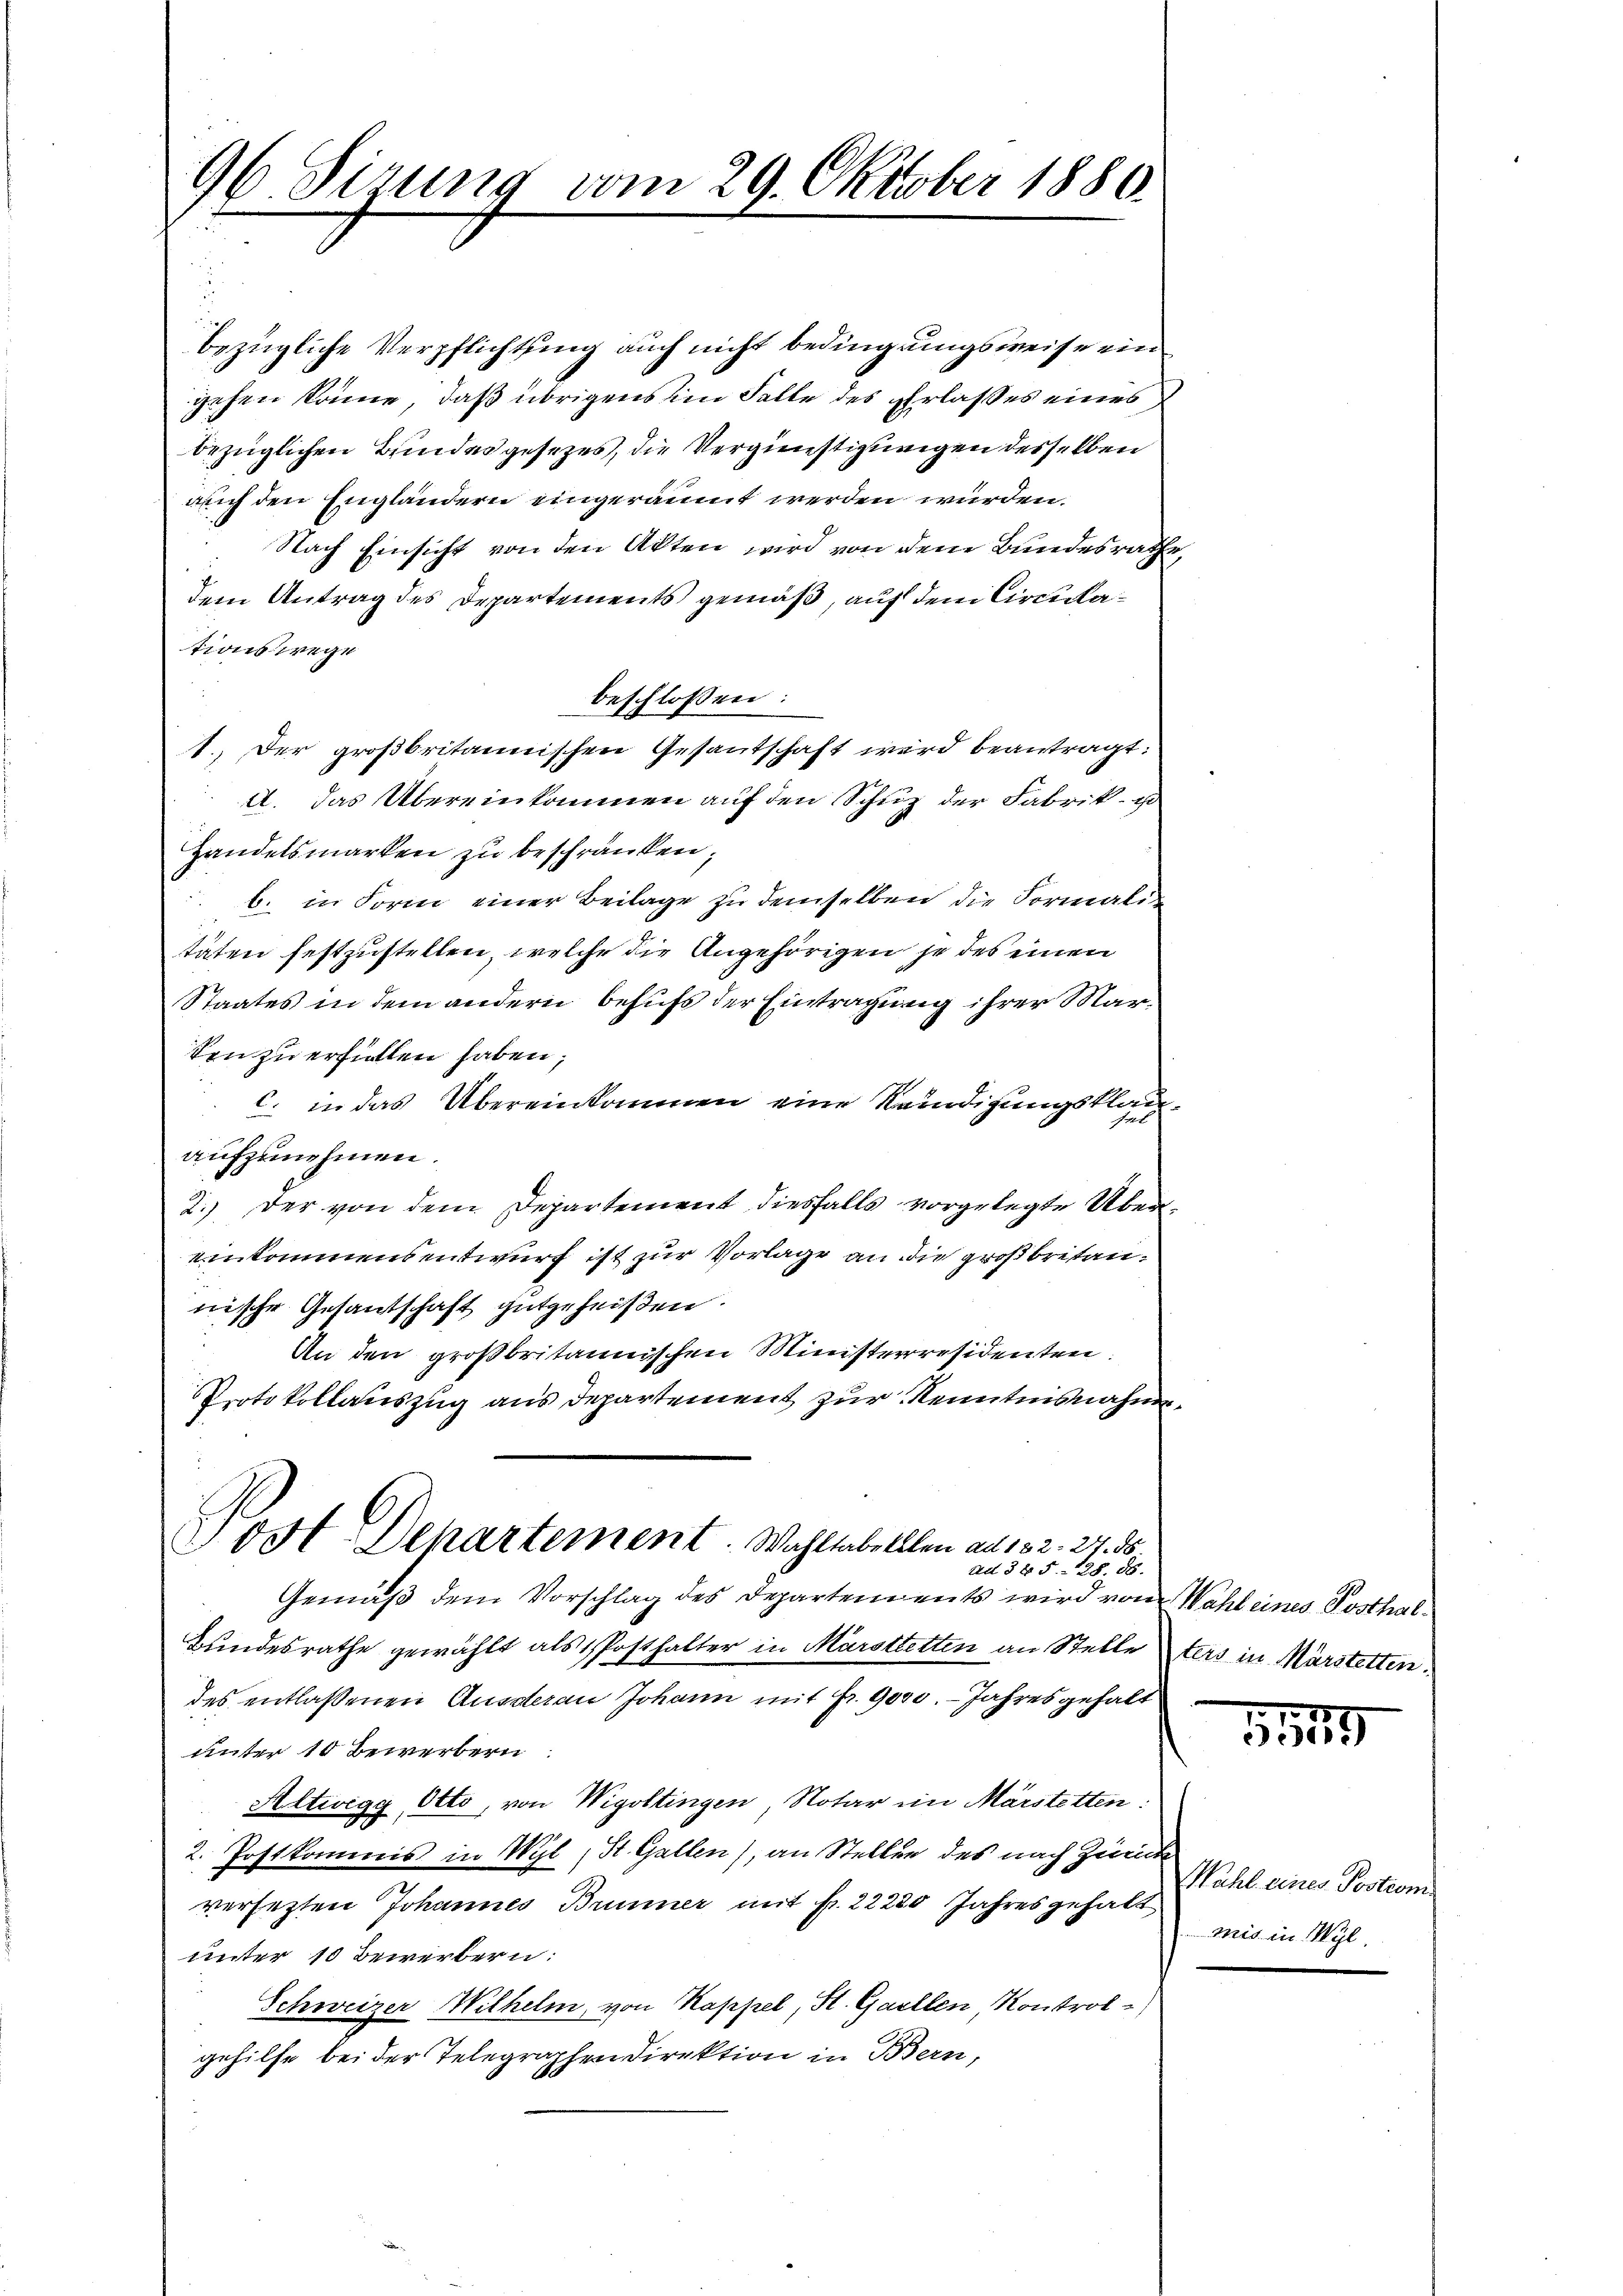
96 Sirung vom 29. Oktober 1880.

bezügliche Verpflichtung auch nicht bedingungsweise ein
gehen könne, daß übrigens im Falle des Ehrlasses eines
bezüglichen Bundesgesezes, die Vergünstigungen desselben
aach den Engländern eingeräumt werden würden.
Nach Einsicht von den Akten wird von dem Bundesrathe,
dem Antrag des Departements gemäß, auf dem Circulations wege
beschlossen:
1.) Der großbritannischen Gesantschaft wird beantragt:
A. das Übereinkommen auf den Schuz der Fabrik i
Handelsmarken zu beschränken,
b. in Form einer Beilage zu demselben die Formali
täten festzustellen, welche die Angehörigen je des einen
Staates in dem andern behufs der Eintragung ihrer Marten zu erfüllen haben;
c. in das Übereinkommen eine Reidigungsklaux
aufzunehmen.
2.) Der von dem Departement diesfalls vorgelegte Übereinkommensentwurf ist zur Vorlage an die großbritannische Gesantschaft gutgeheißen.
An den großbritannischen Ministerresidenten:
Protokollauszug aus Departement zur Kenntnisnahme

Post-Departement Wahltabelllen ad 132. 27. ds
ad § 45. 128. 88.
Gemäß dem Vorschlag des Departements wird von Wahl eines Posthal¬

Bundesrathe gewählt als Posthalter in Marottetten an Stelle ters in Märstelten.
des entlaßenen Ausderen Johann mit Fr. 9000. - Jahres gehalt
unter 10 Bewerbern
Altwegg, Otto, von Wigoltingen Notar im Märstetten:
2. Postkommis in Wyl, St. Gallen), an Stellen des nach Zurück
versetzten Johannes Brunner mit fr. 22230 Jahresgehalt
unter 10 Bewerbern:
Schweizer Wilhelm, von Kappel, St. Gallen Kontrol
gehilfe bei der Telegraphen direktion in Bern,

25
359

Wahl eines Postrom.
mis in Wyl